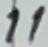
Text: 11